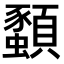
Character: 𫖨